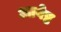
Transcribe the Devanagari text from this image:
आवेष्ट